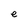
Character: e